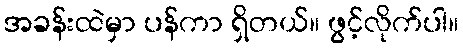
အခန်းထဲမှာ ပန်ကာ ရှိတယ်။ ဖွင့်လိုက်ပါ။